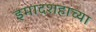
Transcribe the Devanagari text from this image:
इमादशहाच्या